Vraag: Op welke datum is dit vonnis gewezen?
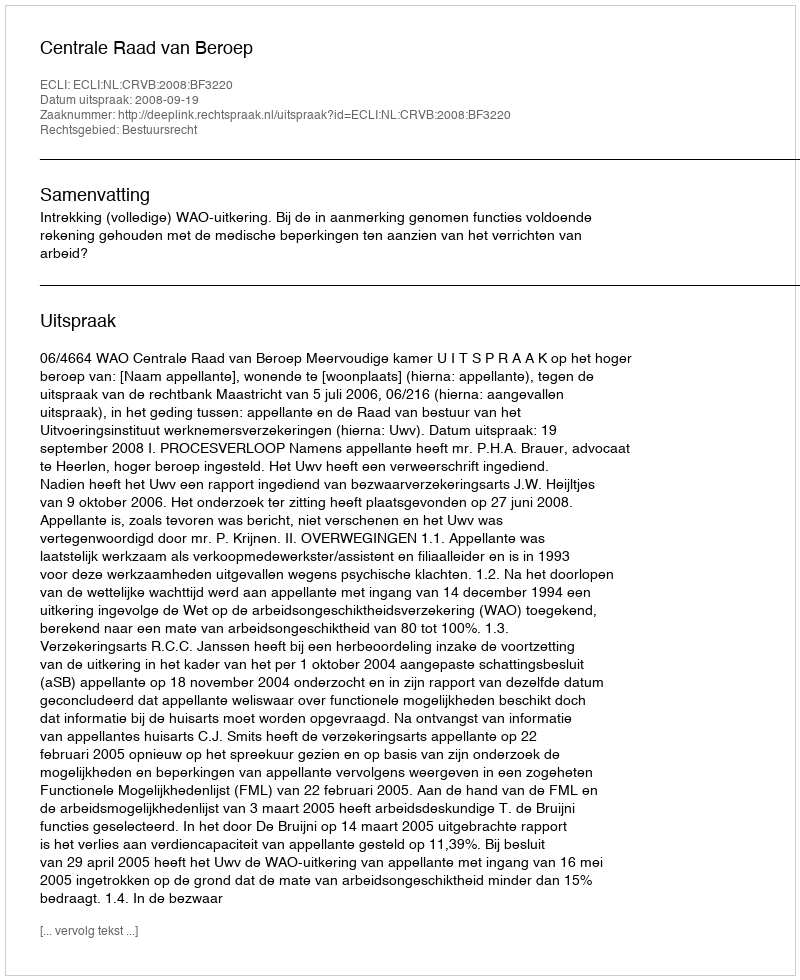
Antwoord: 2008-09-19